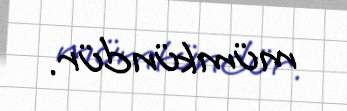
mümkündür.